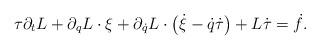
LaTeX: \begin{align*} \tau\partial_t L +\partial_q L\cdot \xi +\partial_{\dot q}L\cdot \bigl(\dot \xi-\dot q\dot\tau\bigr) +L\dot\tau= \dot f.\end{align*}